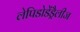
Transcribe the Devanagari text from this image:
लेपिडोडेंड्रैलीज